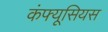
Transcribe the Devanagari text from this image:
कंफ्यूसियस